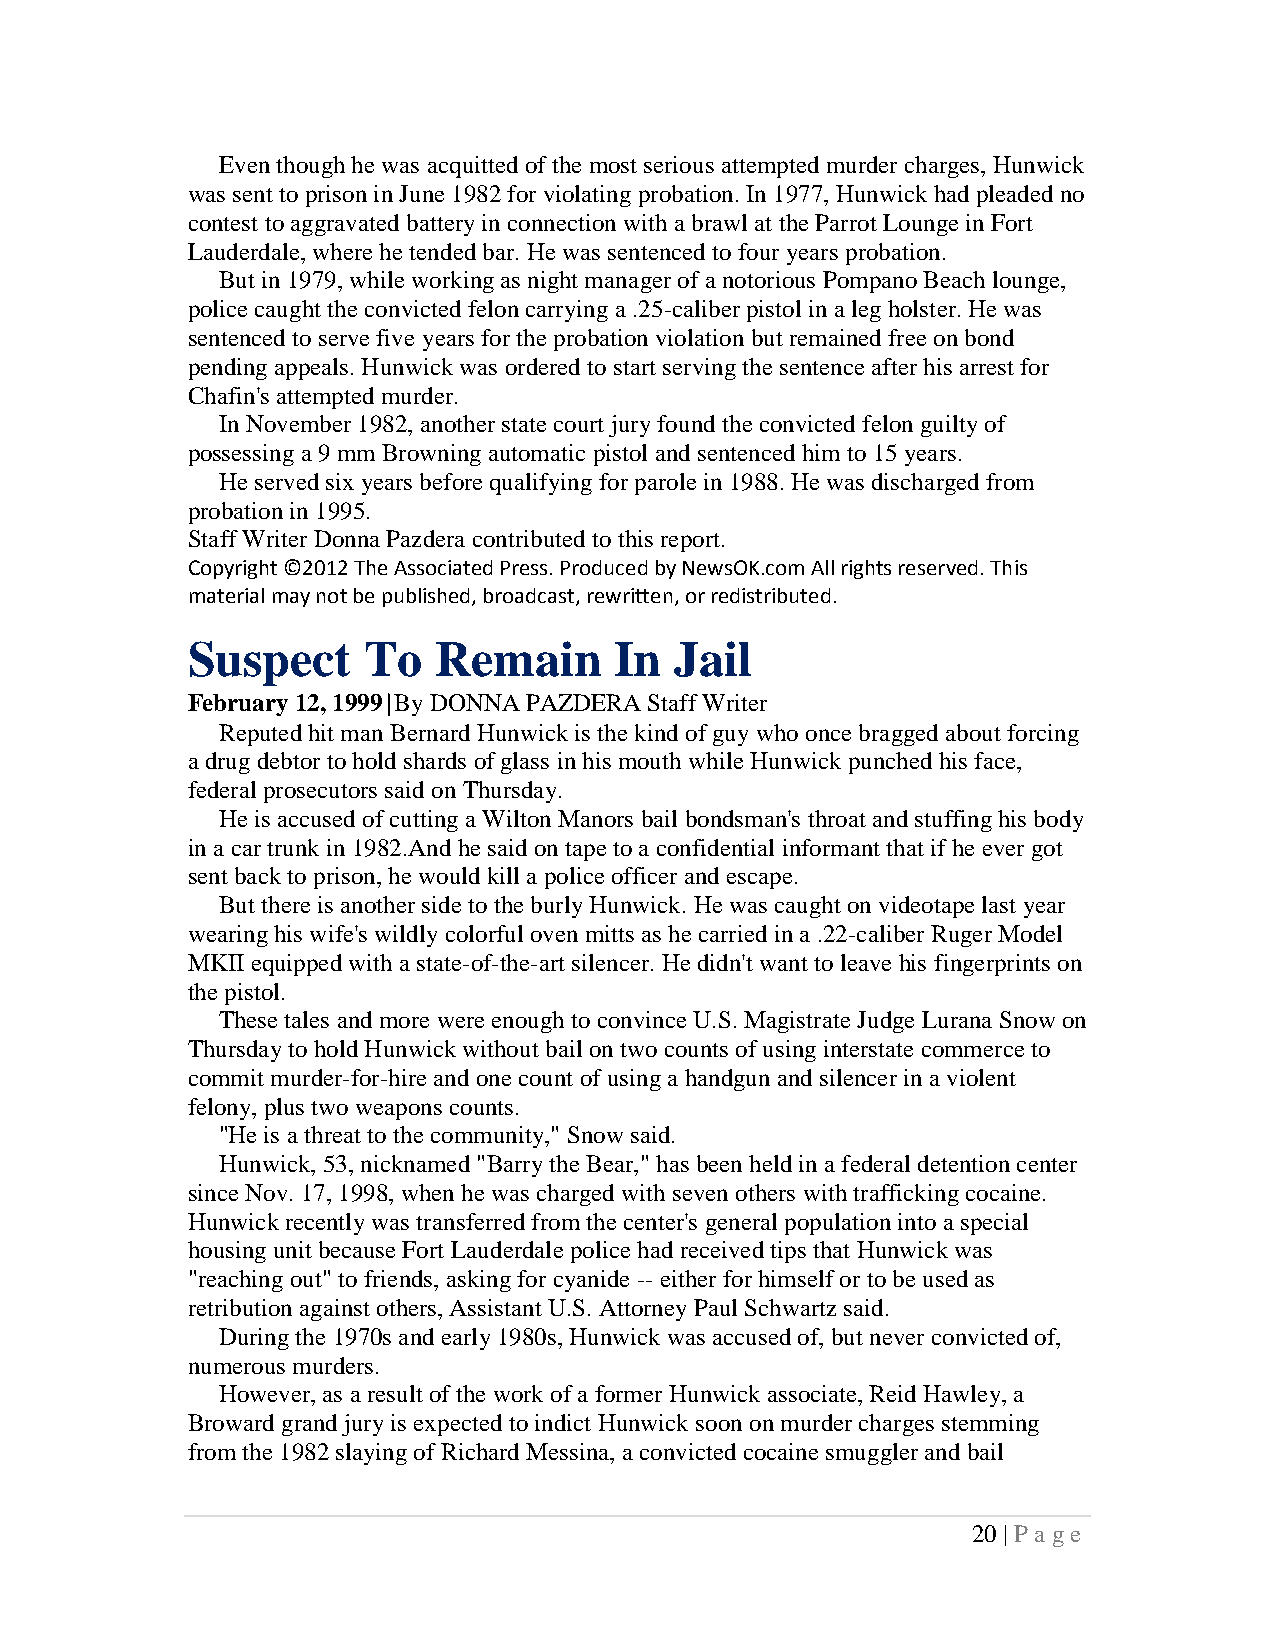
Even though he was acquitted of the most serious attempted murder charges, Hunwick
 was sent to prison in June 1982 for violating probation. In 1977, Hunwick had pleaded no
 contest to aggravated battery in connection with a brawl at the Parrot Lounge in Fort
 Lauderdale, where he tended bar. He was sentenced to four years probation.
 But in 1979, while working as night manager of a notorious Pompano Beach lounge,
 police caught the convicted felon carrying a .25-caliber pistol in a leg holster. He was
 sentenced to serve five years for the probation violation but remained free on bond
 pending appeals. Hunwick was ordered to start serving the sentence after his arrest for
 Chafin's attempted murder.
 In November 1982, another state court jury found the convicted felon guilty of
 possessing a 9 mm Browning automatic pistol and sentenced him to 15 years.
 He served six years before qualifying for parole in 1988. He was discharged from
 probation in 1995.
 Staff Writer Donna Pazdera contributed to this report.
 Copyright ©2012 The Associated Press. Produced by NewsOK.com All rights reserved. This
 material may not be published, broadcast, rewritten, or redistributed.
 Suspect     To   Remain      In  Jail
 February 12, 1999|By DONNA PAZDERA Staff Writer
 Reputed hit man Bernard Hunwick is the kind of guy who once bragged about forcing
 a drug debtor to hold shards of glass in his mouth while Hunwick punched his face,
 federal prosecutors said on Thursday.
 He is accused of cutting a Wilton Manors bail bondsman's throat and stuffing his body
 in a car trunk in 1982.And he said on tape to a confidential informant that if he ever got
 sent back to prison, he would kill a police officer and escape.
 But there is another side to the burly Hunwick. He was caught on videotape last year
 wearing his wife's wildly colorful oven mitts as he carried in a .22-caliber Ruger Model
 MKII equipped with a state-of-the-art silencer. He didn't want to leave his fingerprints on
 the pistol.
 These tales and more were enough to convince U.S. Magistrate Judge Lurana Snow on
 Thursday to hold Hunwick without bail on two counts of using interstate commerce to
 commit murder-for-hire and one count of using a handgun and silencer in a violent
 felony, plus two weapons counts.
 "He is a threat to the community," Snow said.
 Hunwick, 53, nicknamed "Barry the Bear," has been held in a federal detention center
 since Nov. 17, 1998, when he was charged with seven others with trafficking cocaine.
 Hunwick recently was transferred from the center's general population into a special
 housing unit because Fort Lauderdale police had received tips that Hunwick was
 "reaching out" to friends, asking for cyanide -- either for himself or to be used as
 retribution against others, Assistant U.S. Attorney Paul Schwartz said.
 During the 1970s and early 1980s, Hunwick was accused of, but never convicted of,
 numerous murders.
 However, as a result of the work of a former Hunwick associate, Reid Hawley, a
 Broward grand jury is expected to indict Hunwick soon on murder charges stemming
 from the 1982 slaying of Richard Messina, a convicted cocaine smuggler and bail
 20 | P a ge